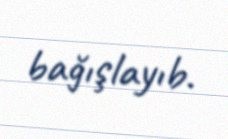
bağışlayıb.